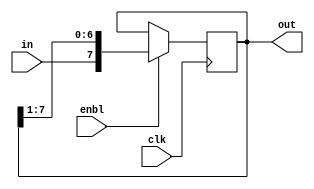
`timescale 1ns / 1ps
//////////////////////////////////////////////////////////////////////////////////
// Company: 
// Engineer: 
// 
// Design Name: 
// Module Name: SIPO
// Project Name: 
// Target Devices: 
// Tool Versions: 
// Description: 
// 
// Dependencies: 
// 
// Revision:
// Revision 0.01 - File Created
// Additional Comments:
// 
//////////////////////////////////////////////////////////////////////////////////


module SIPO(enbl,in,clk,out);
input enbl,clk,in; 
output reg [7:0] out; 
always@(posedge clk) 
 begin 
  if(enbl) 
   begin 
    out<={in,out[7:1]};
   end
  end  
endmodule